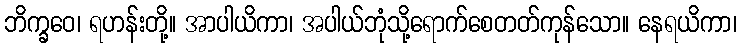
ဘိက္ခဝေ၊ ရဟန်းတို့။ အာပါယိကာ၊ အပါယ်ဘုံသို့ရောက်စေတတ်ကုန်သော။ နေရယိကာ၊